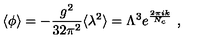
\langle \phi \rangle = - \frac { g ^ { 2 } } { 3 2 \pi ^ { 2 } } \langle \lambda ^ { 2 } \rangle = \Lambda ^ { 3 } e ^ { \frac { 2 \pi i k } { N _ { c } } } \ ,